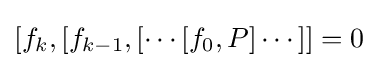
[f_{k},[f_{k-1},[\cdots [f_{0},P]\cdots ]]=0